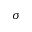
\sigma